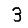
Digit: 3